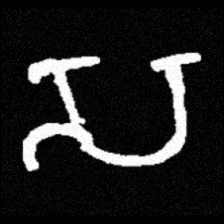
Pyu character \u2014 Myanmar letter: သ (romanized: sa)